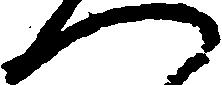
へ